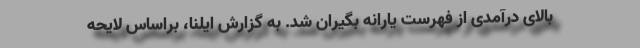
بالای درآمدی از فهرست یارانه بگیران شد. به گزارش ایلنا، براساس لایحه